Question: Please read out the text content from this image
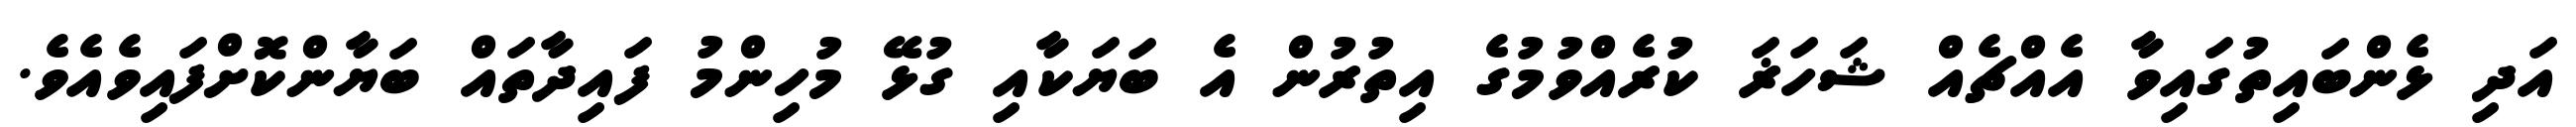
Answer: އަދި ޅެންބައިތުގައިވާ އެއްޗެއް ޝަހަޜަ ކުރެއްވުމުގެ އިތުރުން އެ ބަޔަކާއި ގުޅޭ މުހިންމު ފައިދާތައް ބަޔާންކޮށްފައިވެއެވެ.